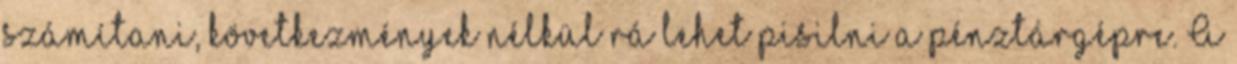
számítani, következmények nélkül rá lehet pisilni a pénztárgépre. A